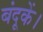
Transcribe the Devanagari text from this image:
बंदूकें।